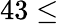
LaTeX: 43\leq